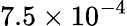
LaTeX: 7.5\times 10^{-4}